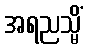
အရညသ္မိံ